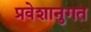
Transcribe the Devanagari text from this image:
प्रवेशानुगत